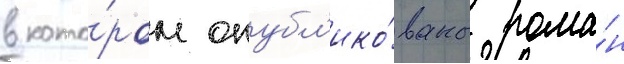
в кото́ром опубл'ико́ваны рома́н